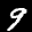
Label: 9